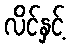
လိင်နှင့်